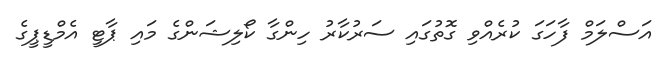
އަސްލަމް ފާހަގަ ކުރެއްވި ގޮތުގައި ސަރުކާރު ހިންގާ ކޯލިޝަންގެ މައި ޕާޓީ އެމްޑީޕީގެ